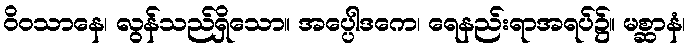
ဝိဝသာနေ၊ လွန်သည်ရှိသော။ အပ္ပေါဒကေ၊ ရေနည်းရာအရပ်၌။ မစ္ဆာနံ၊